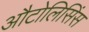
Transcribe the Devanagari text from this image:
औटोलिसिंस